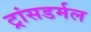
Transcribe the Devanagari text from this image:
ट्रांसडर्मल